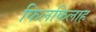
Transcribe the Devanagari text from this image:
फिलफिलाह